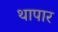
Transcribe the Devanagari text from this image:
थापार